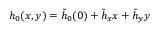
h _ { 0 } ( x , y ) = \tilde { h } _ { 0 } ( 0 ) + \tilde { h } _ { x } x + \tilde { h } _ { y } y